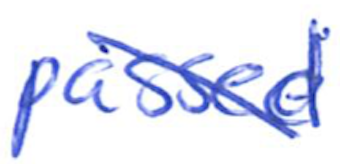
Text: passed
Cross-out: mix
Writing tool: ballpoint